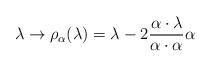
LaTeX: \begin{align*}\lambda \rightarrow \rho_{\alpha} (\lambda) =\lambda - 2 \frac{\alpha\cdot \lambda}{\alpha\cdot \alpha} \alpha\end{align*}